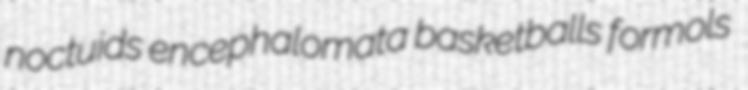
noctuids encephalomata basketballs formols